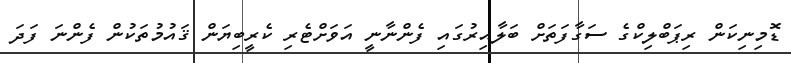
ޑޮމިނިކަން ރިޕަބްލިކްގެ ސަގާފަތަށް ބަލާއިރުގައި ފެންނާނީ އަވަށްޓެރި ކެރީބިޔަން ޤައުމުތަކުން ފެންނަ ފަދަ